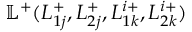
\mathbb { L } ^ { + } ( L _ { 1 j } ^ { + } , L _ { 2 j } ^ { + } , L _ { 1 k } ^ { i + } , L _ { 2 k } ^ { i + } )